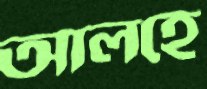
আলহে